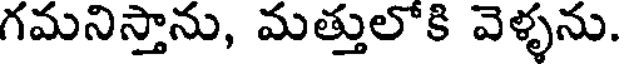
గమనిస్తాను, మత్తులోకి వెళ్ళను.